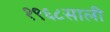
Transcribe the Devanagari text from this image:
१९६८साली